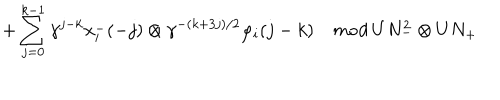
\hspace { . 7 i n } + \sum _ { j = 0 } ^ { k - 1 } \gamma ^ { j - k } x _ { i } ^ { - } ( - j ) \otimes \gamma ^ { - ( k + 3 j ) / 2 } \varphi _ { i } ( j - k ) \quad { \it m o d } \; U N _ { - } ^ { 2 } \otimes U N _ { + }